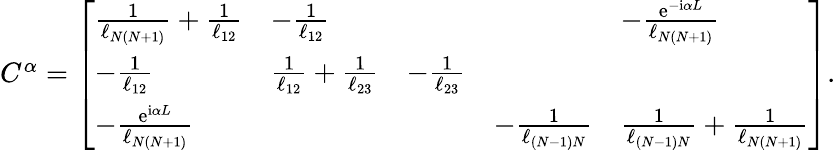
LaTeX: \begin{array}{r}{C^{\alpha}=\left[\begin{array}{lllll}{\frac{1}{\ell_{N(N+1)}}+\frac{1}{\ell_{12}}}&{-\frac{1}{\ell_{12}}}&{}&{}&{-\frac{\mathrm{e}^{-\mathrm{i}\alpha L}}{\ell_{N(N+1)}}}\\ {-\frac{1}{\ell_{12}}}&{\frac{1}{\ell_{12}}+\frac{1}{\ell_{23}}}&{-\frac{1}{\ell_{23}}}&{}&{}\\ {-\frac{\mathrm{e}^{\mathrm{i}\alpha L}}{\ell_{N(N+1)}}}&{}&{}&{-\frac{1}{\ell_{(N-1)N}}}&{\frac{1}{\ell_{(N-1)N}}+\frac{1}{\ell_{N(N+1)}}}\end{array}\right].}\end{array}